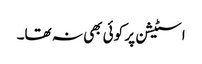
اسٹیشن پر کوئی بھی نہ تھا۔